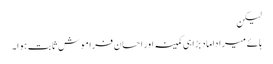
لیکن
ہائے میرا داماد بڑا ہی کمینہ اور احسان فراموش ثابت ہوا۔